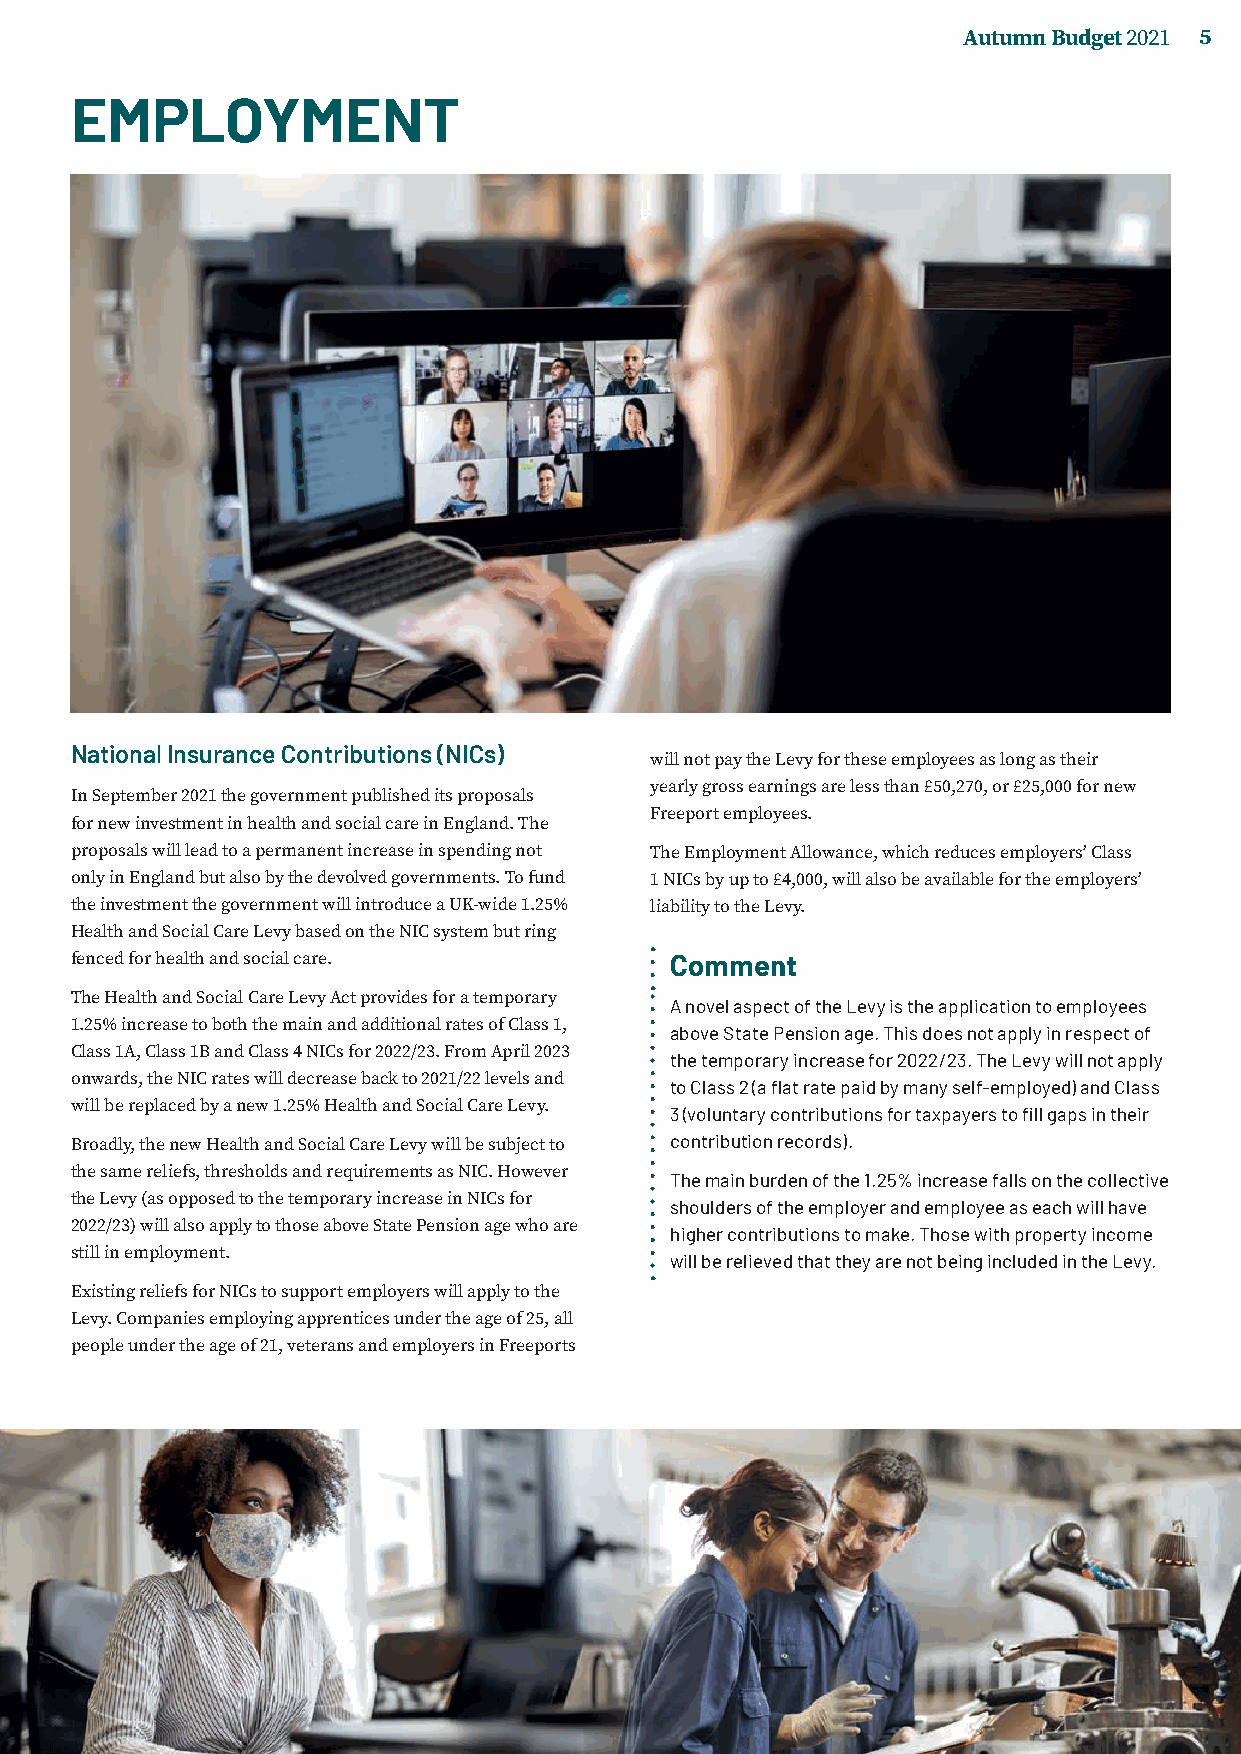
Autumn Budget 2021 5
 EMPLOYMENT
 National Insurance Contributions (NICs)
 will not pay the Levy for these employees as long as their
 yearly gross earnings are less than £50,270, or £25,000 for new
 In September 2021 the government published its proposals
 Freeport employees.
 for new investment in health and social care in England. The
 proposals will lead to a permanent increase in spending not The Employment Allowance, which reduces employers’ Class
 only in England but also by the devolved governments. To fund 1 NICs by up to £4,000, will also be available for the employers’
 the investment the government will introduce a UK-wide 1.25% liability to the Levy.
 Health and Social Care Levy based on the NIC system but ring
 fenced for health and social care.     Comment
 The Health and Social Care Levy Act provides for a temporary
 A novel aspect of the Levy is the application to employees
 1.25% increase to both the main and additional rates of Class 1,
 above State Pension age. This does not apply in respect of
 Class 1A, Class 1B and Class 4 NICs for 2022/23. From April 2023
 the temporary increase for 2022/23. The Levy will not apply
 onwards, the NIC rates will decrease back to 2021/22 levels and
 to Class 2 (a flat rate paid by many self-employed) and Class
 will be replaced by a new 1.25% Health and Social Care Levy.
 3 (voluntary contributions for taxpayers to fill gaps in their
 Broadly, the new Health and Social Care Levy will be subject to contribution records).
 the same reliefs, thresholds and requirements as NIC. However
 The main burden of the 1.25% increase falls on the collective
 the Levy (as opposed to the temporary increase in NICs for
 shoulders of the employer and employee as each will have
 2022/23) will also apply to those above State Pension age who are
 higher contributions to make. Those with property income
 still in employment.
 will be relieved that they are not being included in the Levy.
 Existing reliefs for NICs to support employers will apply to the
 Levy. Companies employing apprentices under the age of 25, all
 people under the age of 21, veterans and employers in Freeports